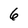
Character: 6